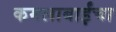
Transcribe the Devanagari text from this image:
कमलाबाईंचा